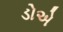
ડોએ